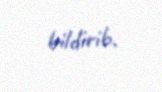
bildirib.